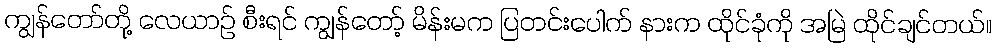
ကျွန်တော်တို့ လေယာဉ် စီးရင် ကျွန်တော့် မိန်းမက ပြတင်းပေါက် နားက ထိုင်ခုံကို အမြဲ ထိုင်ချင်တယ်။